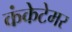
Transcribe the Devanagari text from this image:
कंकेटेमर